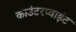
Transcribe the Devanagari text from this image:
काउंटरप्वाइंट